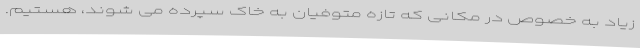
زیاد به خصوص در مکانی که تازه متوفیان به خاک سپرده می شوند، هستیم.